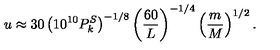
u \approx 3 0 \left( 1 0 ^ { 1 0 } P _ { k } ^ { S } \right) ^ { - 1 / 8 } \left( { \frac { 6 0 } { L } } \right) ^ { - 1 / 4 } \left( { \frac { m } { M } } \right) ^ { 1 / 2 } .